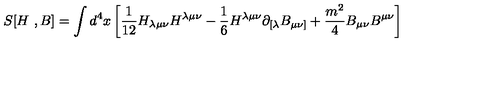
S [ H \ , B ] = \int d ^ { 4 } x \left[ { \frac { 1 } { 1 2 } } H _ { \lambda \mu \nu } H ^ { \lambda \mu \nu } - { \frac { 1 } { 6 } } H ^ { \lambda \mu \nu } \partial _ { [ \lambda } B _ { \mu \nu ] } + { \frac { m ^ { 2 } } { 4 } } B _ { \mu \nu } B ^ { \mu \nu } \right]